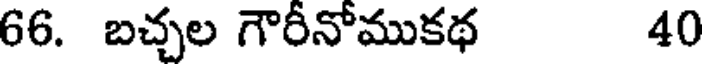
66. బచ్చల గౌరీనోముకథ 40